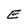
Character: E